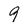
Character: 9